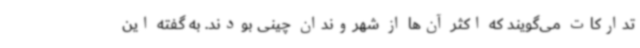
تدارکات می‌گویند که اکثر آن‌ها از شهروندان چینی بودند. به گفته این